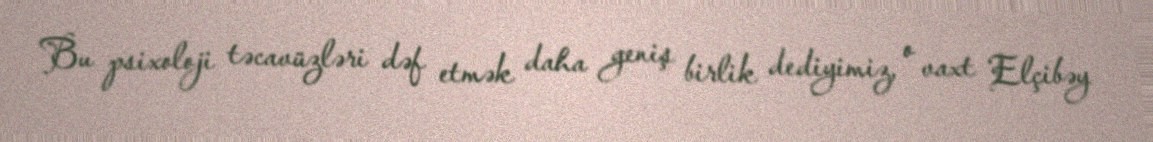
Bu psixoloji təcavüzləri dəf etmək daha geniş birlik dediyimiz, o vaxt Elçibəy